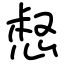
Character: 惄